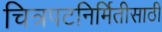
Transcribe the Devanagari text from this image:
चित्रपटनिर्मितीसाठी